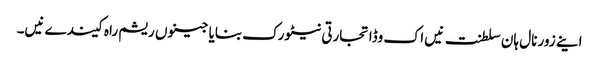
اینے زور نال ہان سلطنت نیں اک وڈا تجارتی نیٹورک بنایا جینوں ریشم راہ کیندے نیں۔